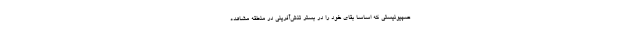
صهیونیستی که اساسا بقای خود را در بستر تنش‌آفرینی در منطقه مشاهده